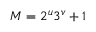
M = 2 ^ { u } 3 ^ { v } + 1